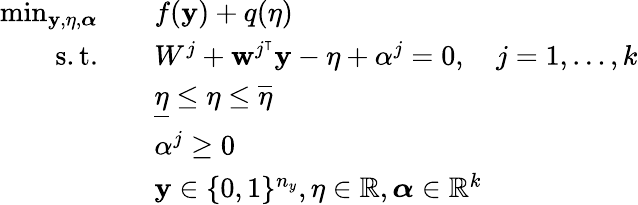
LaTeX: \begin{array}{rl}{\operatorname*{min}_{\mathbf{y},\eta,\boldsymbol{\alpha}}}&{\quad f(\mathbf{y})+q(\eta)}\\ {\mathrm{s.t.}}&{\quad W^{j}+\mathbf{w}^{j^{\intercal}}\mathbf{y}-\eta+\alpha^{j}=0,\quad j=1,\dots,k}\\ &{\quad\underline{{\eta}}\leq\eta\leq\overline{{\eta}}}\\ &{\quad\alpha^{j}\geq 0}\\ &{\quad\mathbf{y}\in\{ 0,1\} ^{n_{y}},\eta\in\mathbb{R},\boldsymbol{\alpha}\in\mathbb{R}^{k}}\end{array}